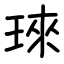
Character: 琜